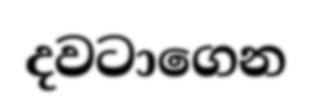
දවටාගෙන